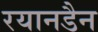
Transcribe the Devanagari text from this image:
रयानडैन